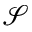
\mathcal { S }